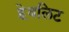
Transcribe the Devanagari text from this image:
हेवलिट